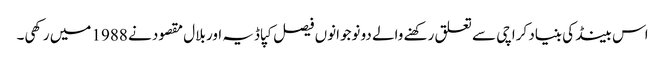
اس بینڈ کی بنیاد کراچی سے تعلق رکھنے والے دو نوجوانوں فیصل کپاڈیہ اور بلال مقصود نے 1988 میں رکھی۔